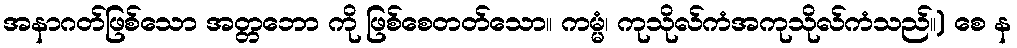
အနာဂတ်ဖြစ်သော အတ္တဘော ကို ဖြစ်စေတတ်သော။ ကမ္မံ၊ ကုသိုလ်ကံအကုသိုလ်ကံသည်။) စေ န